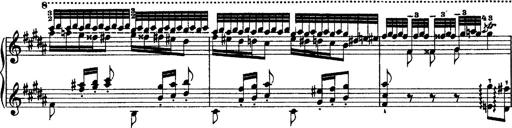
Title: Grandes Ã©tudes de Paganini
Composer: Franz Liszt